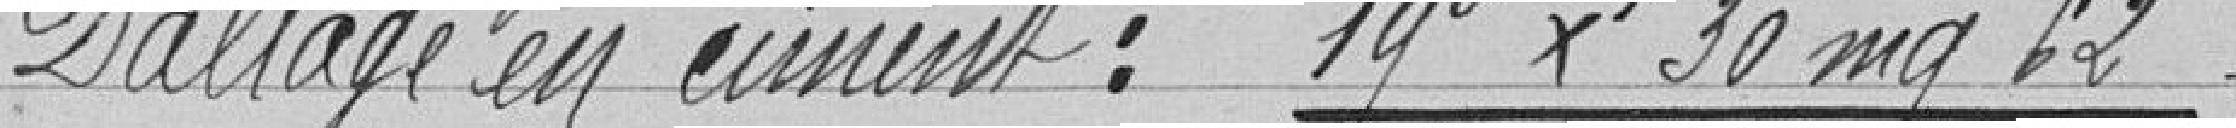
Dallage en ciment : 19 F x 30 mg 62